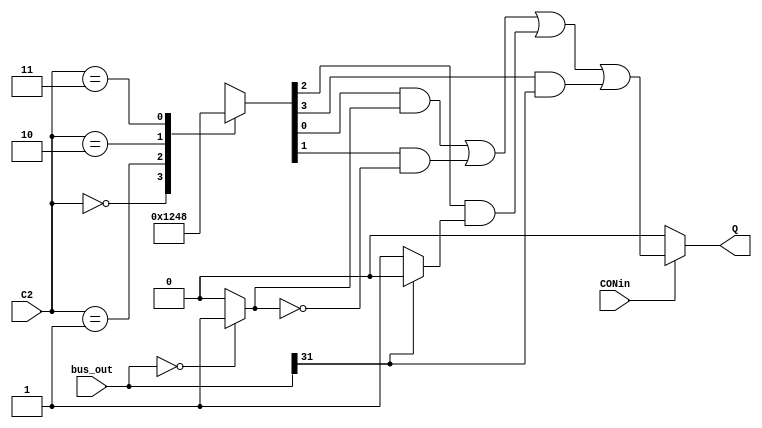
module con_ff(input [1:0] C2, input signed [31:0] bus_out, input CONin, output reg Q);
	wire zero, positive, br_flag;
	reg [3:0] decoder_out;
	
	initial begin
		Q <= 0;
	end
	
	always@(*) begin
		case(C2)
			2'b00 : decoder_out = 4'b0001;
			2'b01 : decoder_out = 4'b0010;
			2'b10 : decoder_out = 4'b0100;
			2'b11 : decoder_out = 4'b1000;
		endcase
	end
	
	assign zero = (bus_out == 32'd0) ? 1'b1 : 1'b0;
	assign positive = (bus_out[31] == 0) ? 1'b1 : 1'b0;
	
	assign br_flag = ((decoder_out[0]&zero)|(decoder_out[1]&(!zero))|(decoder_out[2]&positive)|(decoder_out[3]&(!positive)));
		
	always @(*) begin
		if(CONin) Q <= br_flag;
		else Q <= 0;
	end
endmodule